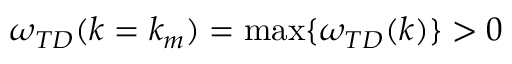
\omega _ { T D } ( k = k _ { m } ) = \operatorname* { m a x } \{ \omega _ { T D } ( k ) \} > 0